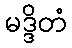
မဒ္ဒိတံ